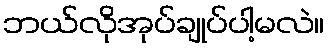
ဘယ်လိုအုပ်ချုပ်ပါ့မလဲ။